Report on lock hospitals in British Burma
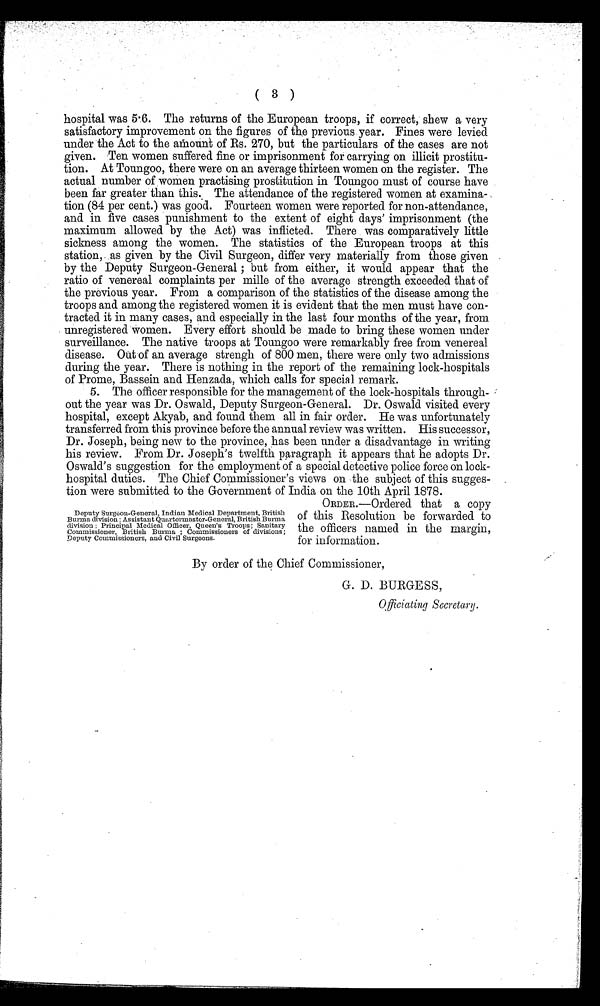
( 3 )
hospital was 5.6. The returns of the European troops, if correct, show a very
satisfactory improvement on the figures of the previous year. Fines were levied
under the Act to the amount of Rs. 270, but the particulars of the cases are not
given. Ten women suffered fine or imprisonment for carrying on illicit prostitu-
tion. At Toungoo, there were on an average thirteen women on the register. The
actual number of women practising prostitution in Toungoo must of course have
been far greater than this. The attendance of the registered women at examina-
tion (84 per cent.) was good. Fourteen women were reported for non-attendance,
and in five cases punishment to the extent of eight days' imprisonment (the
maximum allowed by the Act) was inflicted. There was comparatively little
sickness among the women. The statistics of the European troops at this
station, as given by the Civil Surgeon, differ very materially from those given
by the Deputy Surgeon-General ; but from either, it would appear that the
ratio of venereal complaints per mille of the average strength exceeded that of
the previous year. From a comparison of the statistics of the disease among the
troops and among the registered women it is evident that the men must have con-
tracted it in many cases, and especially in the last four months of the year, from
unregistered women. Every effort should be made to bring these women under
surveillance. The native troops at Toungoo were remarkably free from venereal
disease. Out of an average strengh of 800 men, there were only two admissions
during the year. There is nothing in the report of the remaining lock-hospitals
of Prome, Bassein and Henzada, which calls for special remark.
5. The officer responsible for the management of the lock-hospitals through-
out the year was Dr. Oswald, Deputy Surgeon-General. Dr. Oswald visited every
hospital, except Akyab, and found them all in fair order. He was unfortunately
transferred from this province before the annual review was written. His successor,
Dr. Joseph, being new to the province, has been under a disadvantage in writing
his review. From Dr. Joseph's twelfth paragraph it appears that he adopts Dr.
Oswald's suggestion for the employment of a special detective police force on lock-
hospital duties. The Chief Commissioner's views on the subject of this sugges-
tion were submitted to the Government of India on the 10th April 1878.
ORDER.—Ordered that a copy
of this Resolution be forwarded to
the officers named in the margin,
for information.
By order of the Chief Commissioner,
G. D. BURGESS,
Officiating Secretary.
Deputy Surgeon-General, Indian Medical Department, British
Burma division Assistant Quartermaster-General, British Burma
division ; Principal Medical Officer, Queen's Troops ; Sanitary
Commissioner, British Burma ; Commissioners of divisions ;
deputy Commissioners, and Civil Surgeons.